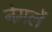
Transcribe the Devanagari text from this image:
नेमलें